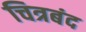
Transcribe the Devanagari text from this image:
चित्रबंद